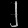
Digit: ၂